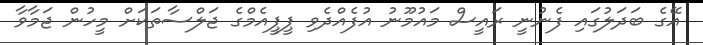
އޭގެ ބަދަލުގައި ފެނުނީ ރައީސް މައުމޫނު އުފެއްދެވި ޕީޕީއެމްގެ ޖަލްސާތަކަށް މީހުން ޖަމާވާ